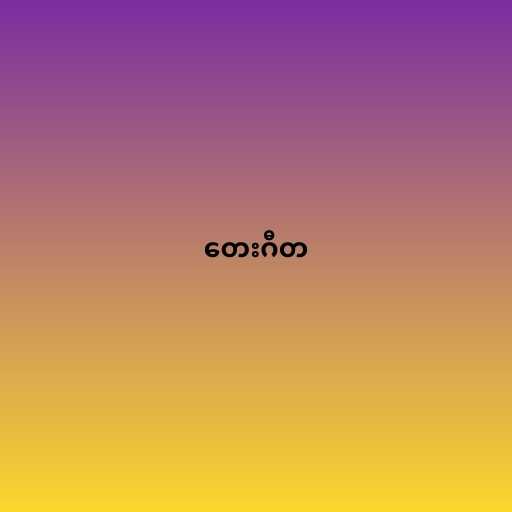
တေးဂီတ